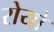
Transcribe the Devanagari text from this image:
रोयो